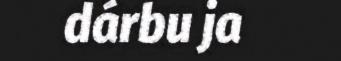
dárbu ja